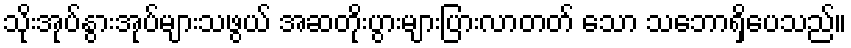
သိုးအုပ်နွားအုပ်များသဖွယ် အဆတိုးပွားများပြားလာတတ် သော သဘောရှိပေသည်။